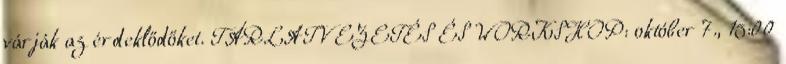
várják az érdeklődőket. TÁRLATVEZETÉS ÉS WORKSHOP: október 7., 15:00